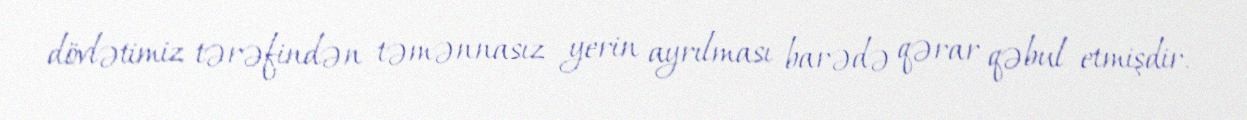
dövlətimiz tərəfindən təmənnasız yerin ayrılması barədə qərar qəbul etmişdir.